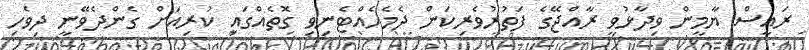
ރައީސް ޔާމީން ވިދާޅުވީ ރާއްޖޭގެ ފަތުރުވެރިކަން ދެމެހެއްޓެނިވި ގޮތެއްގައި ކުރިއަށް ގެންދެވޭނީ ދިވެހި